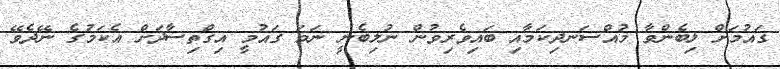
ގައުމަށް ލިބެންވާ މުއްސަނދިކަމާއި ބައިވެރިވުން ނުލިބެނީ ނަމަ ގައުމީ އިގްތިސާދަށް އެކަމުގެ ނޭދެވޭ